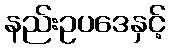
နည်းဥပဒေနှင့်